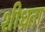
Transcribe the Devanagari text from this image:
शीध्रता